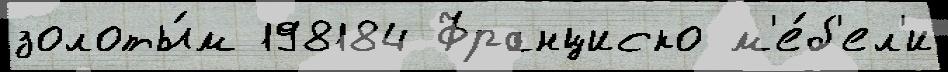
золоты́м 198184 Франциско м'е́б'ел'и